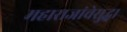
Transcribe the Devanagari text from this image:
महाराजांचेसुद्धा